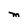
Character: M